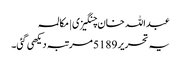
عبداللہ خان چنگیزی | مکالمہ
یہ تحریر 5189 مرتبہ دیکھی گئی۔